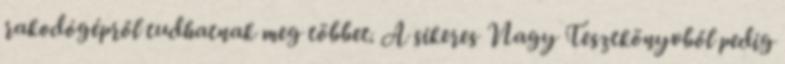
rakodógépről tudhatnak meg többet. A sikeres Nagy Tesztkönyvből pedig